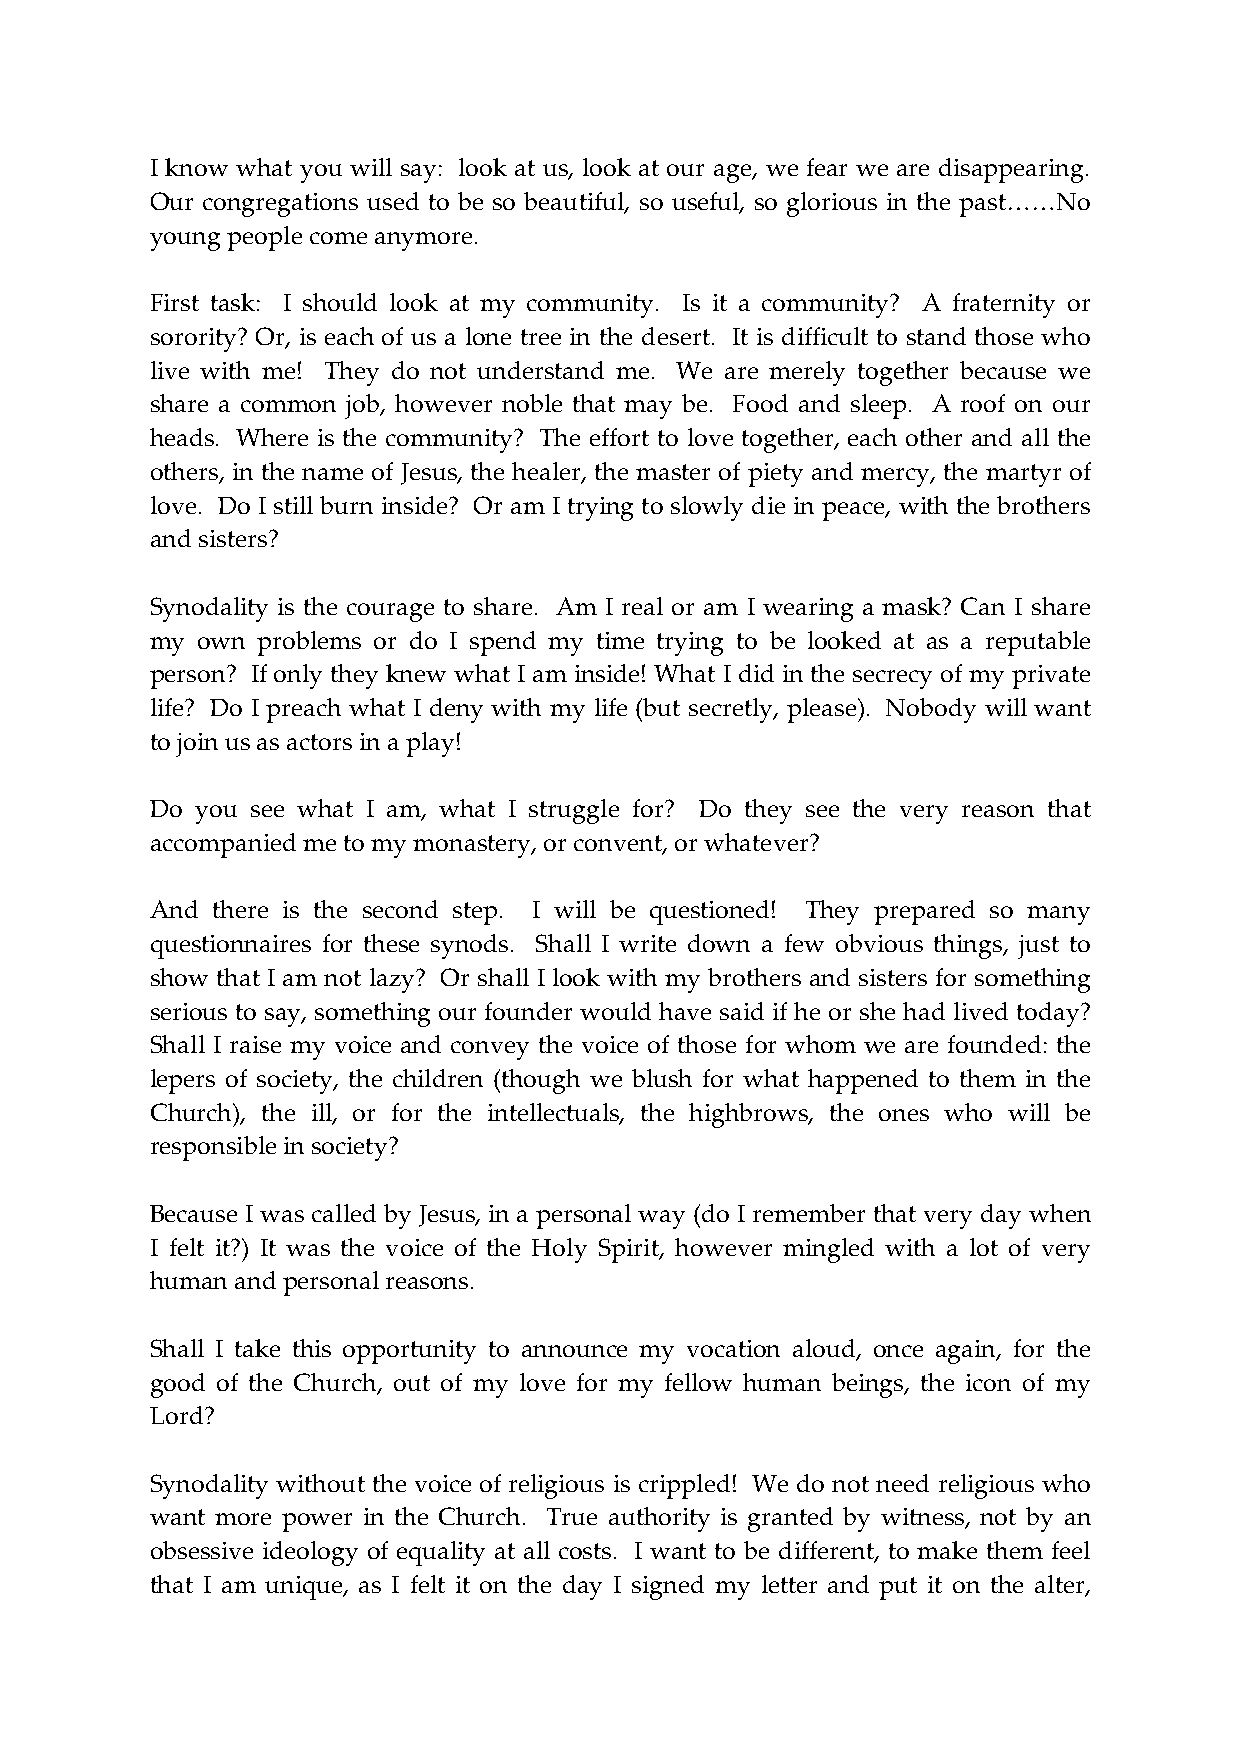
I know what you will say: look at us, look at our age, we fear we are disappearing.
 Our congregations used to be so beautiful, so useful, so glorious in the past……No
 young people come anymore.
 First task: I should look at my community. Is it a community? A fraternity or
 sorority? Or, is each of us a lone tree in the desert. It is difficult to stand those who
 live with me! They do not understand me. We are merely together because we
 share a common job, however noble that may be. Food and sleep. A roof on our
 heads. Where is the community? The effort to love together, each other and all the
 others, in the name of Jesus, the healer, the master of piety and mercy, the martyr of
 love. Do I still burn inside? Or am I trying to slowly die in peace, with the brothers
 and sisters?
 Synodality is the courage to share. Am I real or am I wearing a mask? Can I share
 my own problems or do I spend my time trying to be looked at as a reputable
 person? If only they knew what I am inside! What I did in the secrecy of my private
 life? Do I preach what I deny with my life (but secretly, please). Nobody will want
 to join us as actors in a play!
 Do you see what I am, what I struggle for? Do they see the very reason that
 accompanied me to my monastery, or convent, or whatever?
 And there is the second step. I will be questioned! They prepared so many
 questionnaires for these synods. Shall I write down a few obvious things, just to
 show that I am not lazy? Or shall I look with my brothers and sisters for something
 serious to say, something our founder would have said if he or she had lived today?
 Shall I raise my voice and convey the voice of those for whom we are founded: the
 lepers of society, the children (though we blush for what happened to them in the
 Church), the ill, or for the intellectuals, the highbrows, the ones who will be
 responsible in society?
 Because I was called by Jesus, in a personal way (do I remember that very day when
 I felt it?) It was the voice of the Holy Spirit, however mingled with a lot of very
 human and personal reasons.
 Shall I take this opportunity to announce my vocation aloud, once again, for the
 good of the Church, out of my love for my fellow human beings, the icon of my
 Lord?
 Synodality without the voice of religious is crippled! We do not need religious who
 want more power in the Church. True authority is granted by witness, not by an
 obsessive ideology of equality at all costs. I want to be different, to make them feel
 that I am unique, as I felt it on the day I signed my letter and put it on the alter,